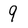
Character: 9